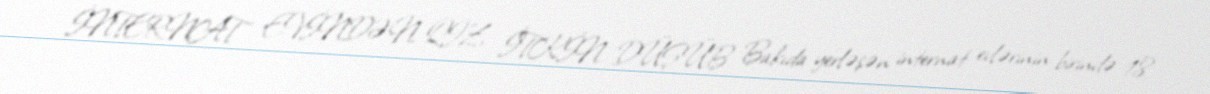
İNTERNAT EVİNDƏN QIZ İTKİN DÜŞÜB Bakıda yerləşən internat evlərinin birində 18